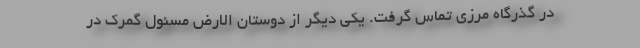
در گذرگاه مرزی تماس گرفت. یکی دیگر از دوستان الارض مسئول گمرک در